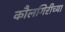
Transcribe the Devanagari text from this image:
कौलगिरीच्या